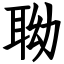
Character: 聈